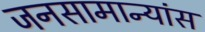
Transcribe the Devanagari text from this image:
जनसामान्यांस